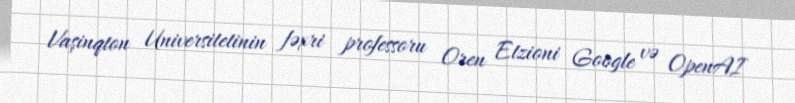
Vaşinqton Universitetinin fəxri professoru Oren Etzioni Google və OpenAI